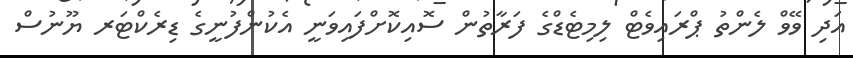
އަދި ވޭވް ލެންތު ޕްރައިވެޓް ލިމިޓެޑްގެ ފަރާތުން ސޮއިކޮށްފައިވަނީ އެކުންފުނީގެ ޑިރެކްޓަރ ޔޫނުސް